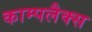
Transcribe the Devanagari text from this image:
काम्पलैक्स